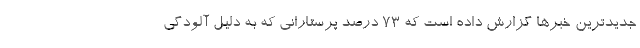
جدیدترین خبرها گزارش داده است که ۷۳ درصد پرستارانی که به دلیل آلودگی